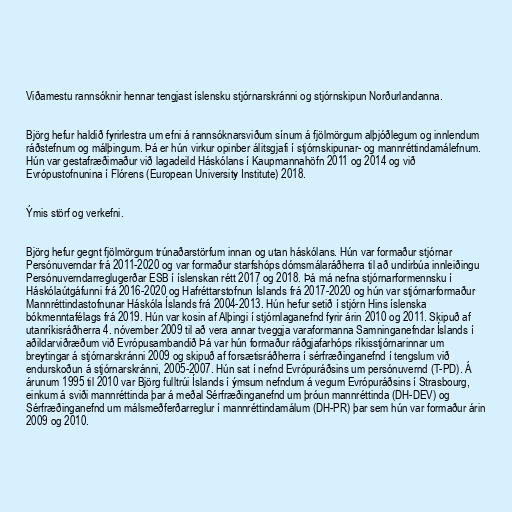
Viðamestu rannsóknir hennar tengjast íslensku stjórnarskránni og stjórnskipun Norðurlandanna.

Björg hefur haldið fyrirlestra um efni á rannsóknarsviðum sínum á fjölmörgum alþjóðlegum og innlendum
ráðstefnum og málþingum. Þá er hún virkur opinber álitsgjafi í stjórnskipunar- og mannréttindamálefnum.
Hún var gestafræðimaður við lagadeild Háskólans í Kaupmannahöfn 2011 og 2014 og við
Evrópustofnunina í Flórens (European University Institute) 2018.

Ýmis störf og verkefni.

Björg hefur gegnt fjölmörgum trúnaðarstörfum innan og utan háskólans. Hún var formaður stjórnar
Persónuverndar frá 2011-2020 og var formaður starfshóps dómsmálaráðherra til að undirbúa innleiðingu
Persónuverndarreglugerðar ESB í íslenskan rétt 2017 og 2018. Þá má nefna stjórnarformennsku í
Háskólaútgáfunni frá 2016-2020 og Hafréttarstofnun Íslands frá 2017-2020 og hún var stjórnarformaður
Mannréttindastofnunar Háskóla Íslands frá 2004-2013. Hún hefur setið í stjórn Hins íslenska
bókmenntafélags frá 2019. Hún var kosin af Alþingi í stjórnlaganefnd fyrir árin 2010 og 2011. Skipuð af
utanríkisráðherra 4. nóvember 2009 til að vera annar tveggja varaformanna Samninganefndar Íslands í
aðildarviðræðum við Evrópusambandið Þá var hún formaður ráðgjafarhóps ríkisstjórnarinnar um
breytingar á stjórnarskránni 2009 og skipuð af forsætisráðherra í sérfræðinganefnd í tengslum við
endurskoðun á stjórnarskránni, 2005-2007. Hún sat í nefnd Evrópuráðsins um persónuvernd (T-PD). Á
árunum 1995 til 2010 var Björg fulltrúi Íslands í ýmsum nefndum á vegum Evrópuráðsins í Strasbourg,
einkum á sviði mannréttinda þar á meðal Sérfræðinganefnd um þróun mannréttinda (DH-DEV) og
Sérfræðinganefnd um málsmeðferðarreglur í mannréttindamálum (DH-PR) þar sem hún var formaður árin
2009 og 2010.